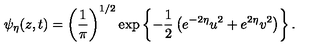
\psi _ { \eta } ( z , t ) = \left( { \frac { 1 } { \pi } } \right) ^ { 1 / 2 } \exp \left\{ - { \frac { 1 } { 2 } } \left( e ^ { - 2 \eta } u ^ { 2 } + e ^ { 2 \eta } v ^ { 2 } \right) \right\} .